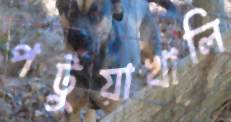
পটুয়াখালি